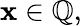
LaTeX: \mathbf{x}\in\mathbb{{Q}},